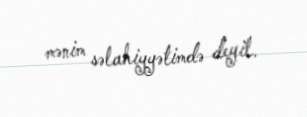
mənim səlahiyyətimdə deyil.